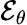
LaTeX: \mathcal{E}_{\theta}